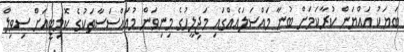
ބަޔަކު އައްޔަން ކުރާކަމަށް ބުނާ މައްސަލައެއްގައި މަޖިލީހުގެ މިނިވަން މުއައްސަސާތަކުގެ ކޮމިޓީއަށް ސިވިލް